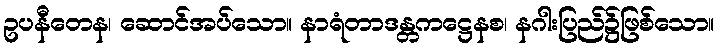
ဥပနီတေန၊ ဆောင်အပ်သော။ နာရံတာဒန္တကဋ္ဌေနစ၊ နဂါးပြည်၌ဖြစ်သော။